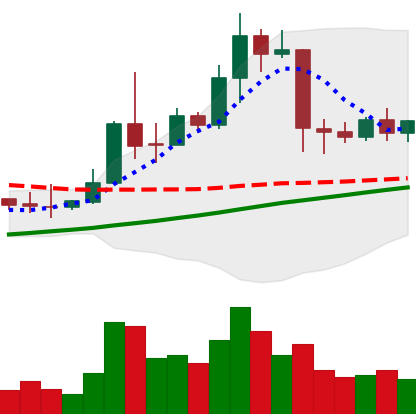
Ticker: TRX-USD
Chart end date: 2019-04-16
Forward return: -7.59%
Label: down_7plus